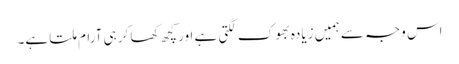
اس وجہ سے ہمیں زیادہ بھوک لگتی ہے اور کچھ کھا کر ہی آرام ملتا ہے۔